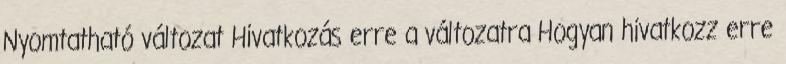
Nyomtatható változat Hivatkozás erre a változatra Hogyan hivatkozz erre